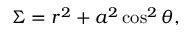
\Sigma = r ^ { 2 } + a ^ { 2 } \cos ^ { 2 } \theta ,